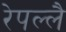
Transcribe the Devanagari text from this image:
रेपल्लै